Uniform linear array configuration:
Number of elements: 64
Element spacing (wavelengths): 0.75
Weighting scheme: exponential
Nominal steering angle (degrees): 30
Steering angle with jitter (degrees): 31.805
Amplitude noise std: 0.05
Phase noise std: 0.05

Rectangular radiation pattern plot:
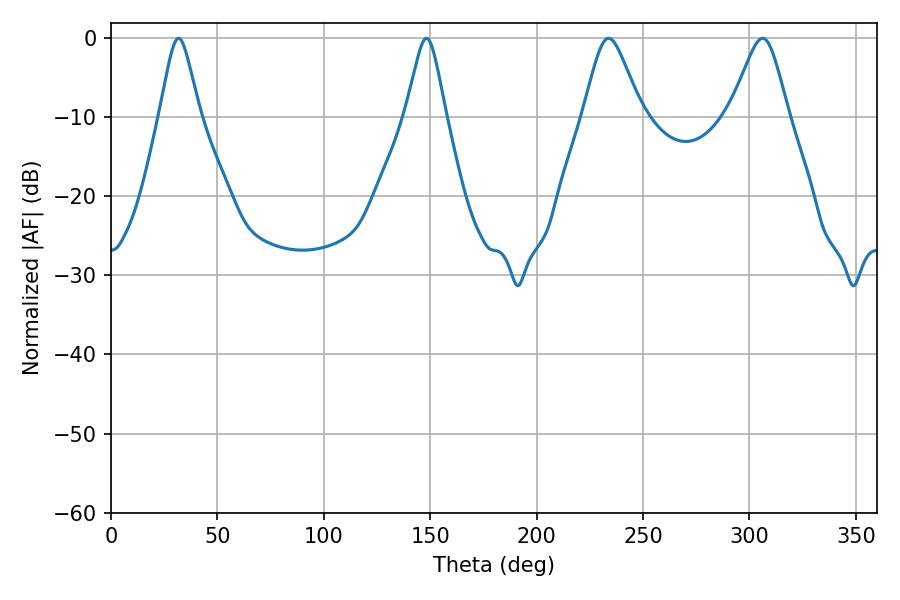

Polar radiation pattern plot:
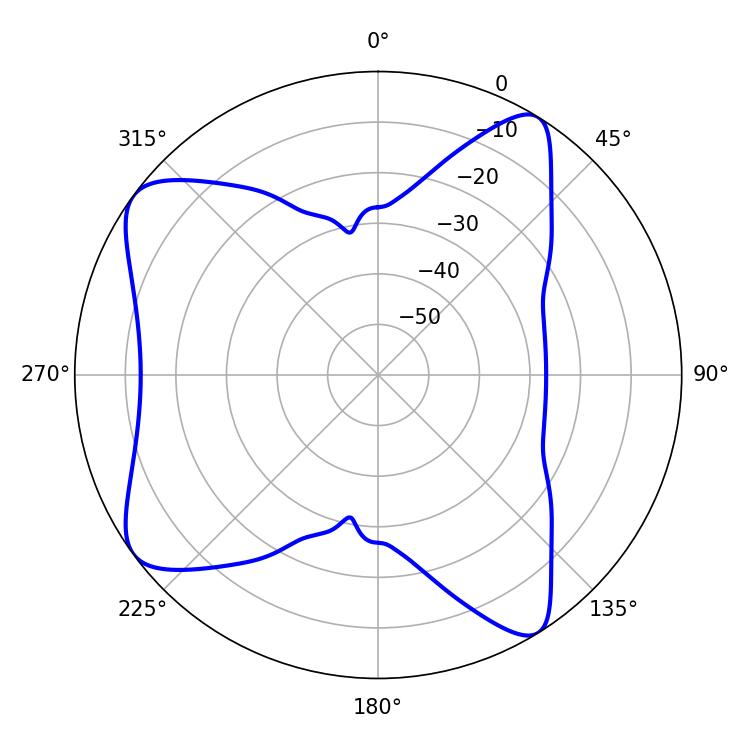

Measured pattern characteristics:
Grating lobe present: TRUE
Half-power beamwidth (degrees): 13.32
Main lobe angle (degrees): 306.18